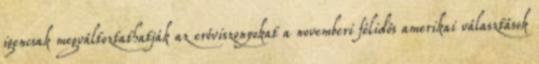
igencsak megváltoztathatják az erőviszonyokat a novemberi félidős amerikai választások